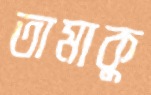
তামাকু